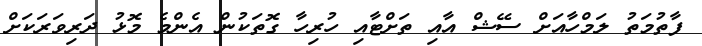
ފާތުމަތު ލަމްހާއަށް ސޭޝް އާއި ތަށްޓާއި ހުރިހާ ގޮތަކުން އެންމެ މޮޅު ދަރިވަރަކަށް